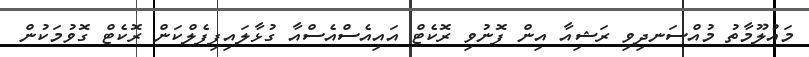
މައުލޫމާތު މުއްސަނދިވި ރަޝިއާ އިން ފޮނުވި ރޮކެޓް އައިއެސްއެސްއާ ގުޅާލައިފިފެލްކަން ރޮކެޓް ގޮވުމަކުން